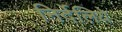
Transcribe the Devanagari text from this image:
निर्देलिये